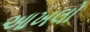
આખલો